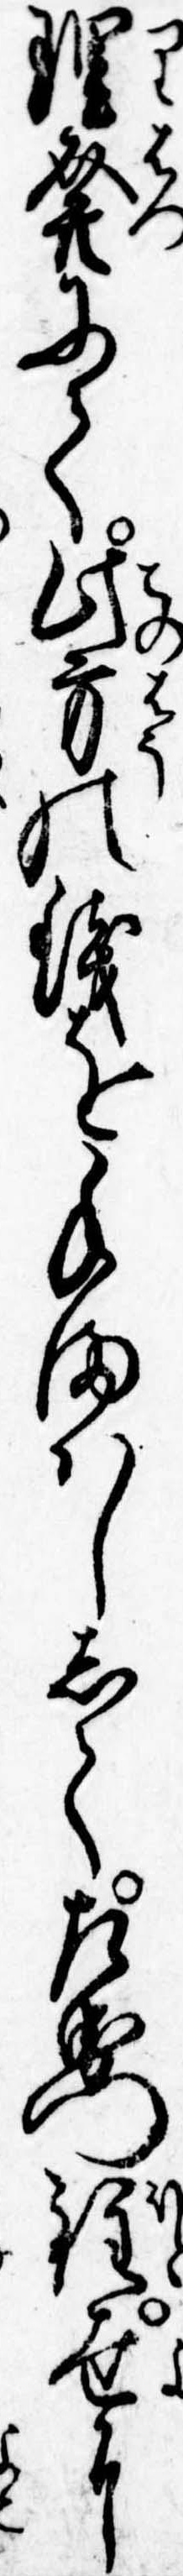
理発にて此方の銭を手まはしして左衛門程世に